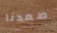
صعدنا